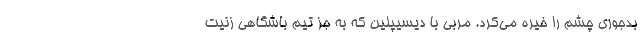
بدجوری چشم را خیره می‌کرد. مربی با دیسیپلین که به جز تیم باشگاهی زنیت